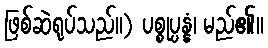
ဖြစ်ဆဲရုပ်သည်။) ပစ္စုပ္ပန္နံ၊ မည်၏။